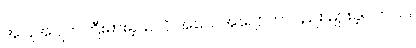
အပြိုအပျက်ကြီးမားခဲ့သလို အသေအပျောက်လည်း များခဲ့ပါတယ်။